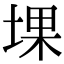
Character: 堁